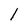
Character: l